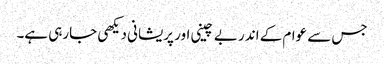
جس سے عوام کے اندر بے چینی اور پریشانی دیکھی جارہی ہے۔